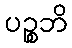
ပဉ္စဘိ